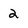
Character: 2